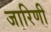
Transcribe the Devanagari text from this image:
जारिणी